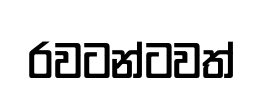
රවටන්ටවත්